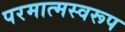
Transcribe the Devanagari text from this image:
परमात्मस्वरूप